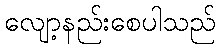
လျော့နည်းစေပါသည်